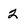
Character: 2